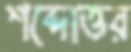
শব্দোত্তর